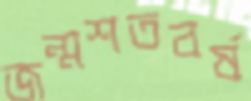
জন্মশতবর্ষ